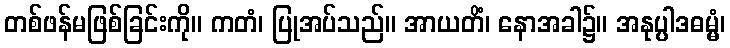
တစ်ဖန်မဖြစ်ခြင်းကို။ ကတံ၊ ပြုအပ်သည်။ အာယတိံ၊ နောအခါ၌။ အနုပ္ပါဒဓမ္မံ၊